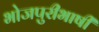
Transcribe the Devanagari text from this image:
भोजपुरीभाषी